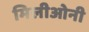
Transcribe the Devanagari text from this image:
मिलीओनी